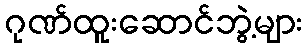
ဂုဏ်ထူးဆောင်ဘွဲ့များ